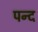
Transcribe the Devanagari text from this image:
पन्द